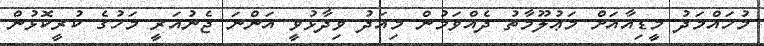
މުހައްމަދު މީޑިއާއަށް މަޢުލޫމާތު ދެއްވަމުން މިއަދު ވިދާޅުވީ އަންނަ ޖެނުއަރީ މަހުގެ ކުރީކޮޅުން